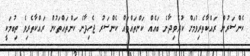
ކެންސަރުން ރައްކާތެރިވުމަށް ކުރެވިދާނެ ބައެއް ކަންތައްތައް ކެންސަރު ޖެހިދާނެ ކަންތައްތަކުން ރައްކާތެރިވެ ތިބުމަކީ